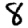
Digit: 8